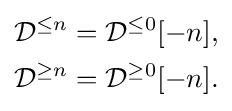
{\begin{aligned}{\mathcal {D}}^{\leq n}&={\mathcal {D}}^{\leq 0}[-n],\\{\mathcal {D}}^{\geq n}&={\mathcal {D}}^{\geq 0}[-n].\end{aligned}}